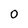
Character: 0